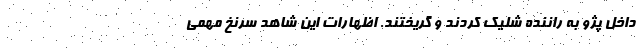
داخل پژو به راننده شلیک کردند و گریختند. اظهارات این شاهد سرنخ مهمی